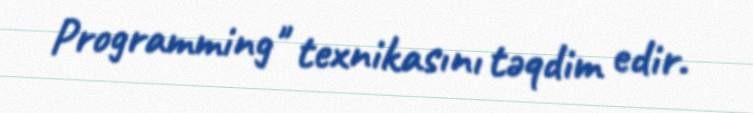
Programming" texnikasını təqdim edir.